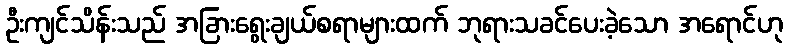
ဦးကျင်သိန်းသည် အခြားရွေးချယ်စရာများထက် ဘုရားသခင်ပေးခဲ့သော အရောင်ဟု